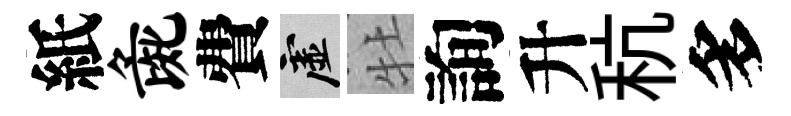
紙彘費虚牡詢升秔多